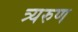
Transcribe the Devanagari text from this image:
त्र्यरुण